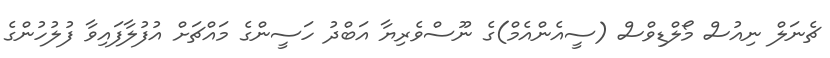
ޗެނަލް ނިއުސް މޯލްޑިވްސް (ސީއެންއެމް)ގެ ނޫސްވެރިޔާ އަބްދު ހަސީންގެ މައްޗަށް އުފުލާފައިވާ ފުލުހުންގެ